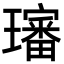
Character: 𤪺